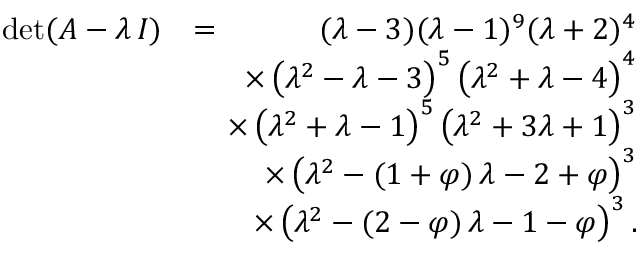
\begin{array} { r l r } { \operatorname* { d e t } ( A - \lambda \, I ) } & { = } & { \ ( \lambda - 3 ) ( \lambda - 1 ) ^ { 9 } ( \lambda + 2 ) ^ { 4 } } \\ & { } & { \! \! \! \! \times \left( \lambda ^ { 2 } - \lambda - 3 \right) ^ { 5 } \left( \lambda ^ { 2 } + \lambda - 4 \right) ^ { 4 } } \\ & { } & { \! \! \! \! \times \left( \lambda ^ { 2 } + \lambda - 1 \right) ^ { 5 } \left( \lambda ^ { 2 } + 3 \lambda + 1 \right) ^ { 3 } } \\ & { } & { \! \! \! \! \times \left( \lambda ^ { 2 } - ( 1 + \varphi ) \, \lambda - 2 + \varphi \right) ^ { 3 } } \\ & { } & { \! \! \! \! \times \left( \lambda ^ { 2 } - ( 2 - \varphi ) \, \lambda - 1 - \varphi \right) ^ { 3 } . } \end{array}